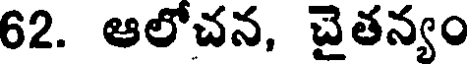
62. ఆలోచన, చైతన్యం